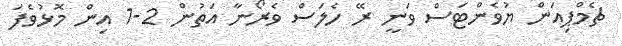
ޗެމްޕިއަން ޔުވެންޓަސް ވަނީ ރޭ ހެލަސް ވެރޯނާ އަތުން 2-1 އިން މޮޅުވެފަ